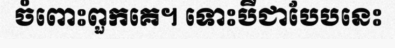
ចំពោះពួកគេ។ ទោះបីជាបែបនេះ